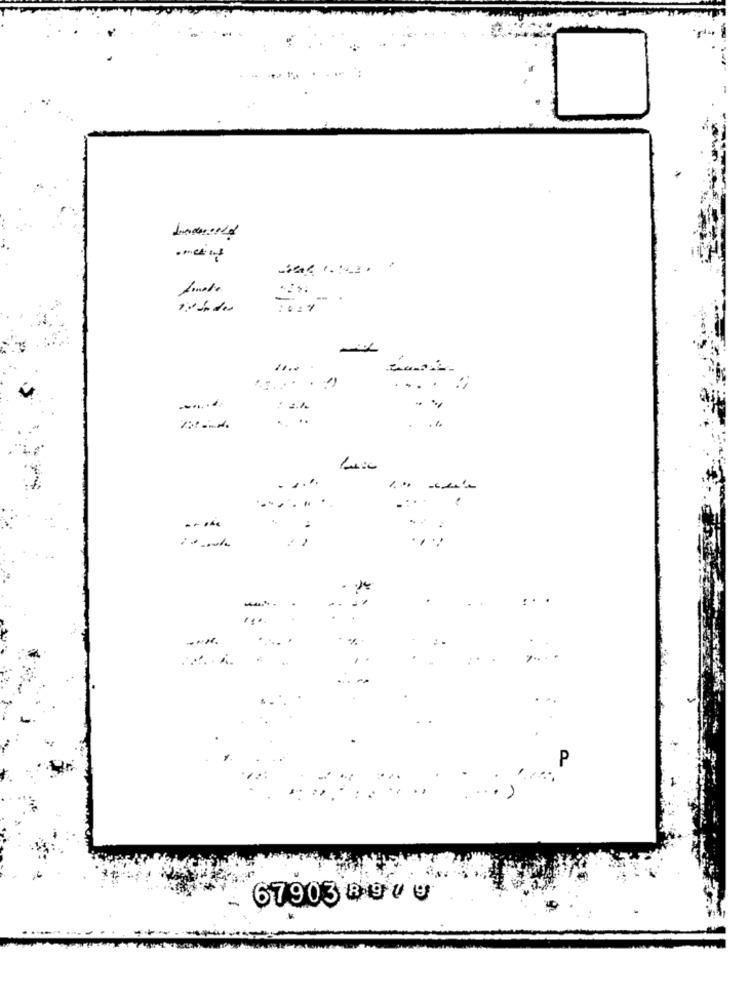
11.0
:
........
: . .
P
67903 997 9